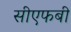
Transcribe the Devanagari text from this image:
सीएफबी